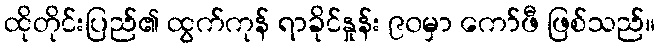
ထိုတိုင်းပြည်၏ ထွက်ကုန် ရာခိုင်နှုန်း ၉၀မှာ ကော်ဖီ ဖြစ်သည်။